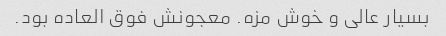
بسیار عالی و خوش مزه. معجونش فوق العاده بود.